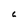
Character: c